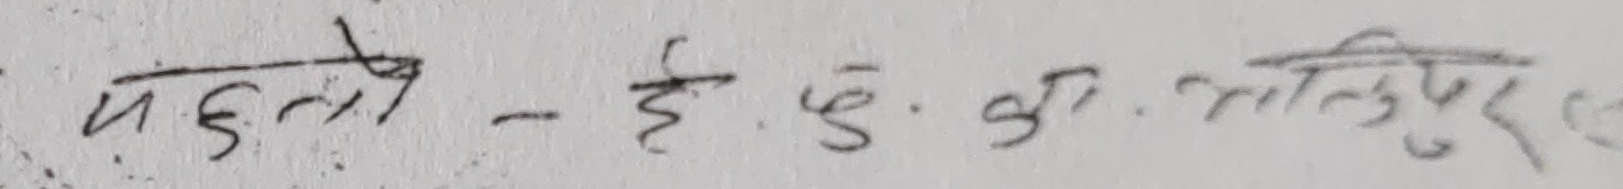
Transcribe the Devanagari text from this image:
पहिलो - हे. कृ. क. बालुवाटार